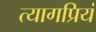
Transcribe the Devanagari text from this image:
त्यागप्रियं